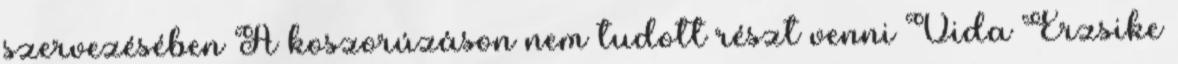
szervezésében A koszorúzáson nem tudott részt venni Vida Erzsike